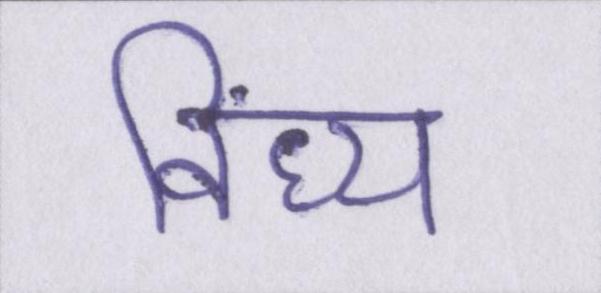
विंध्य